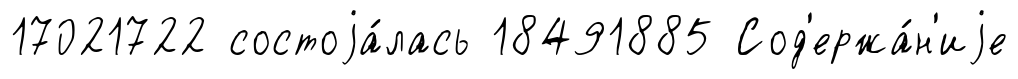
17021722 состоjа́лась 18491885 Сод'ержа́н'иjе